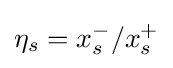
\eta _{s}=x_{s}^{-}/x_{s}^{+}